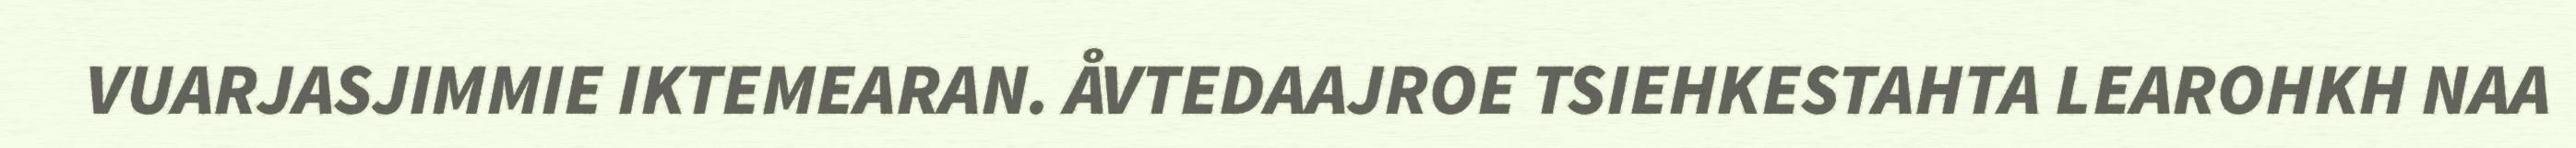
VUARJASJIMMIE IKTEMEARAN. ÅVTEDAAJROE TSIEHKESTAHTA LEAROHKH NAA